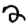
Digit: 2